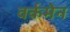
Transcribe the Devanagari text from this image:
वर्कमेन